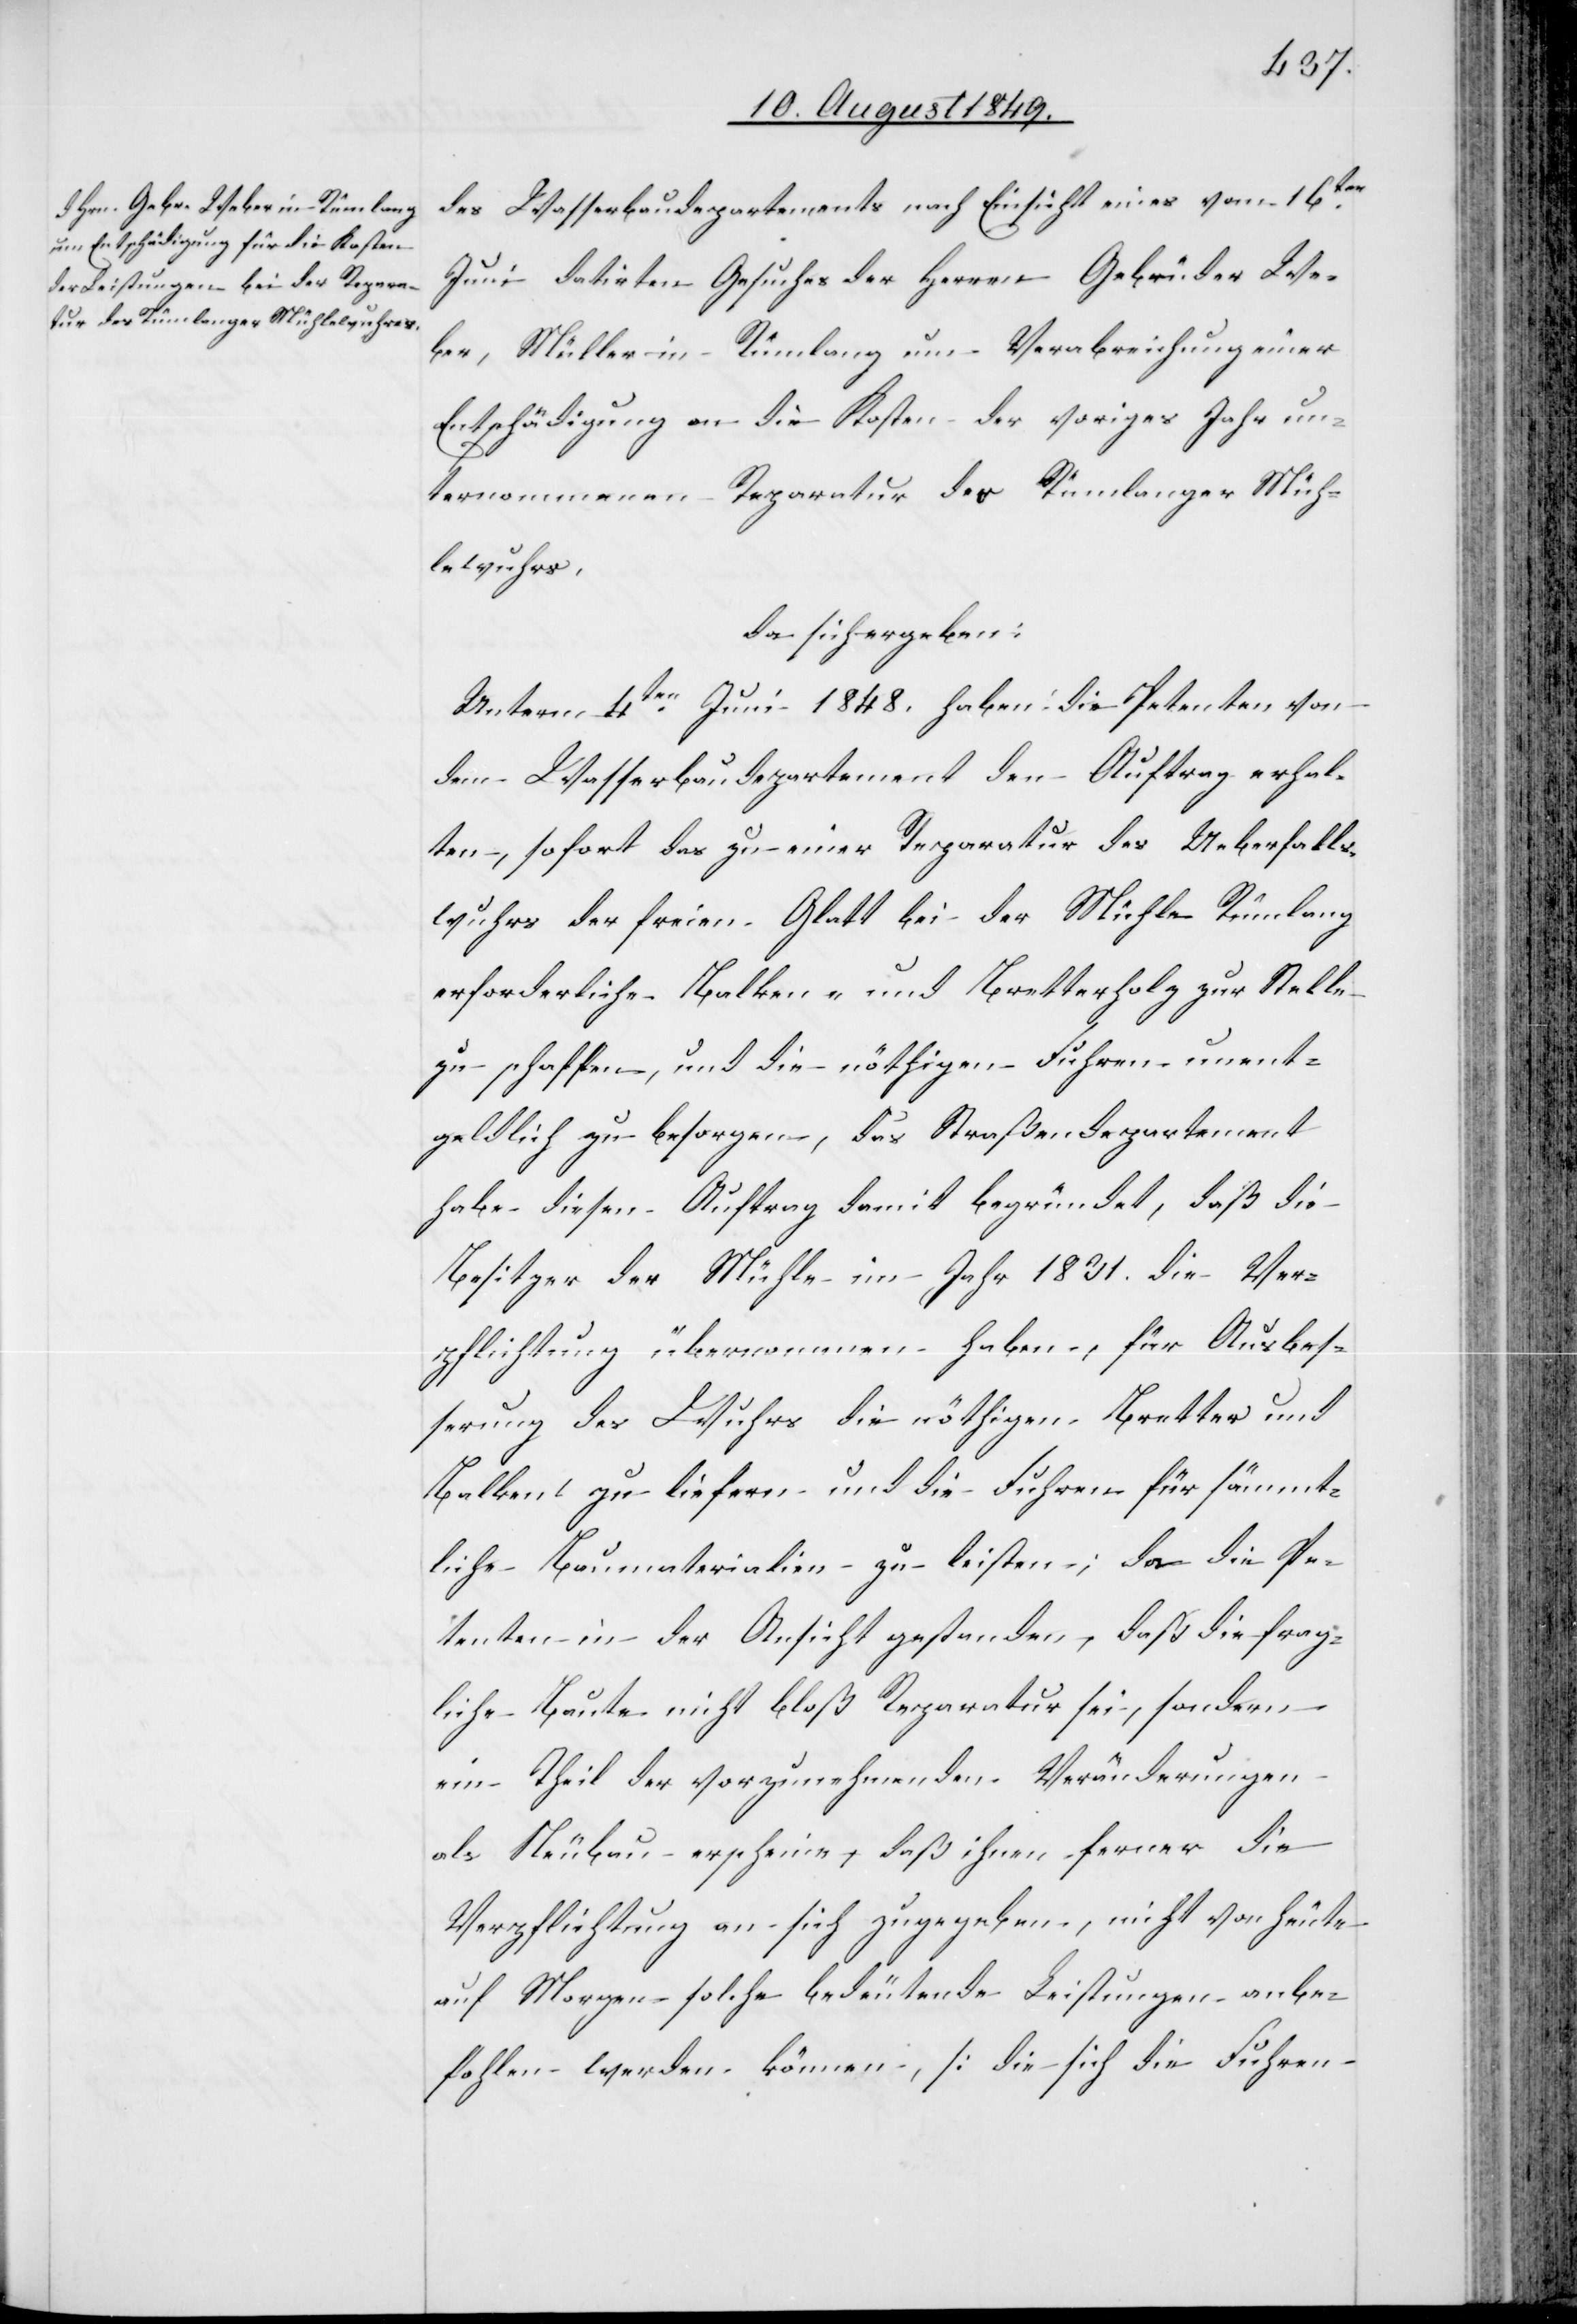
des Wasserbaudepartements nach Einsicht eines vom 16ten
Juni datirten Gesuches der Herren Gebrüder We¬
ber, Müller in Rümlang um Verabreichung einer
Entschädigung an die Kosten der voriges Jahr un¬
ternommenen Reparatur des Rümlanger Müh¬
lewuhrs,
da sich ergeben:
Unterm 4ten Juni 1848. haben die Petenten von
dem Wasserbaudepartement den Auftrag erhal¬
ten, sofort das zu einer Reparatur des Ueberfalls¬
wuhrs der freien Glatt bei der Mühle Rümlang
erforderliche Balken- und Bretterholz zur Stelle
zu schaffen, und die nöthigen Fuhren unent¬
geldlich zu besorgen, das Straßendepartement
habe diesen Auftrag damit begründet, daß die
Besitzer der Mühle im Jahr 1831. die Ver¬
pflichtung übernommen haben, für Ausbes¬
serung des Wuhrs die nöthigen Bretter und
Balken zu liefern und die Fuhren für sämmt¬
liche Baumaterialien zu leisten; da die Pe¬
tenten in der Ansicht gestanden, daß die frag¬
liche Baute nicht bloß Reparatur sei, sondern
ein Theil der vorzunehmenden Veränderungen
als Neubau erscheine, daß ihnen ferner die
Verpflichtung an sich zugegeben, nicht von heute
auf Morgen solche bedeutende Leistungen anbe¬
fohlen werden können, [die sich die Fuhren